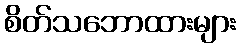
စိတ်သဘောထားများ